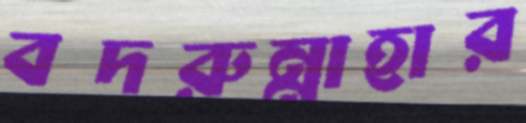
বদরুন্নাহার